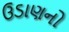
ઉડાણનો